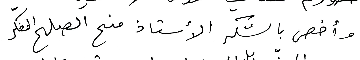
وأخص بالشكر الأستاذ منح الصلح المفكّر